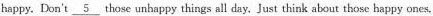
happy. Don't \underline{5} those unhappy things all day, Just think about those happy ones.